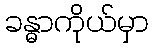
ခန္ဓာကိုယ်မှာ